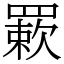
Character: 𦌊